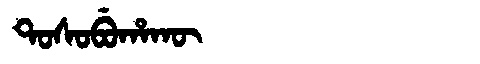
Manchu: ᡨᠣᠰᠣᠪᡠᡥᠠᡴᡡ
Romanization: TOSOBUHAKŪ